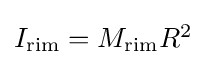
{\textstyle I_{\mathrm {rim} }=M_{\mathrm {rim} }R^{2}}